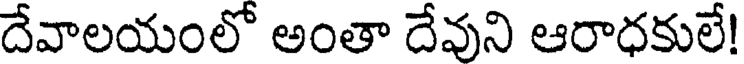
దేవాలయంలో అంతా దేవుని ఆరాధకులే!